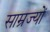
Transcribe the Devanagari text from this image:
साम्रज्यों